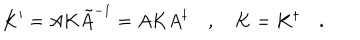
LaTeX: K ^ { \prime } = A K \tilde { A } ^ { - 1 } = A K A ^ { \dagger } \quad , \quad K = K ^ { \dagger } \quad .